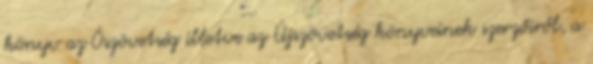
könyv az Ószövetség illetve az Újszövetség könyveinek szerzőiről, a